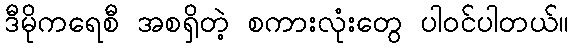
ဒီမိုကရေစီ အစရှိတဲ့ စကားလုံးတွေ ပါဝင်ပါတယ်။